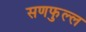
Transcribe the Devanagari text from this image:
सणफुल्ल